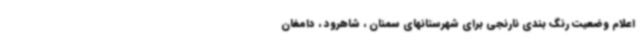
اعلام وضعیت رنگ بندی نارنجی برای شهرستانهای سمنان ، شاهرود ، دامغان